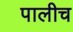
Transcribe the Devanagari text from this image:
पालीच